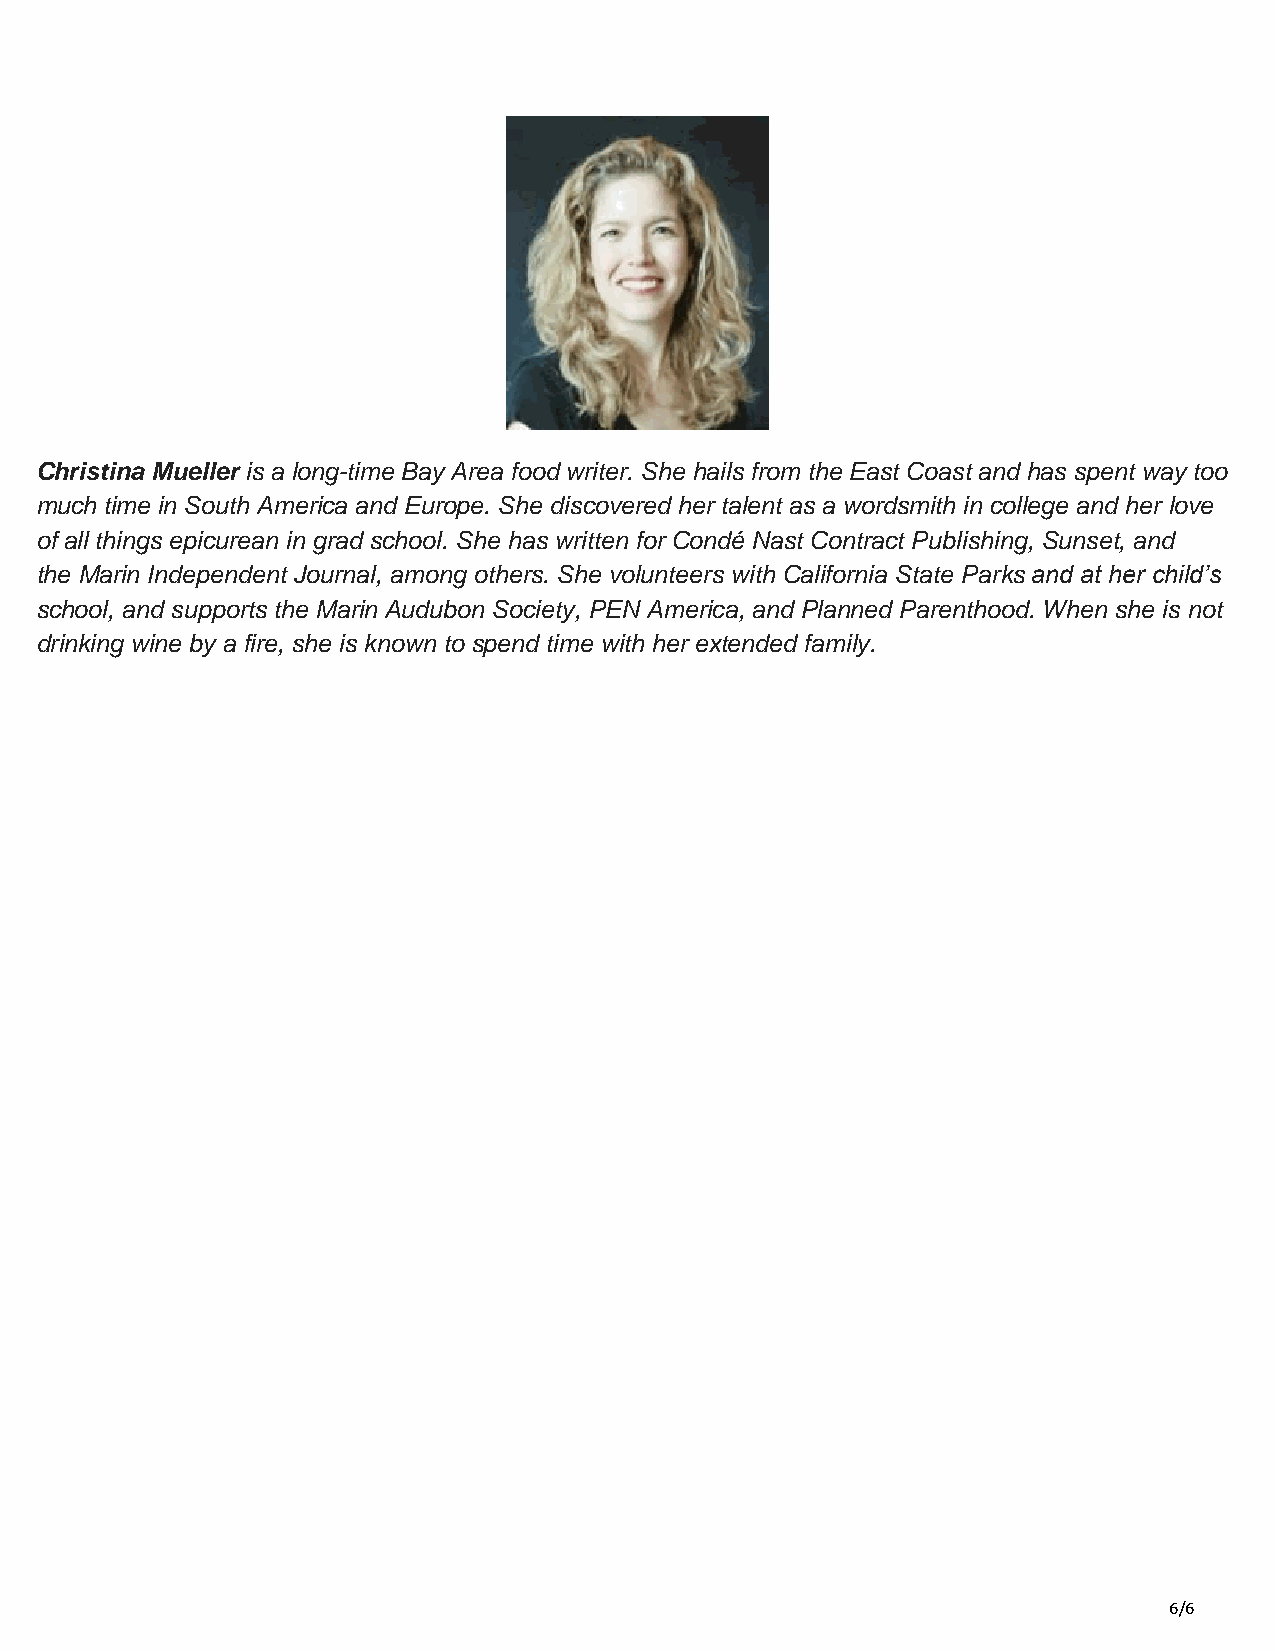
Christina Mueller is a long-time Bay Area food writer. She hails from the East Coast and has spent way too
 much time in South America and Europe. She discovered her talent as a wordsmith in college and her love
 of all things epicurean in grad school. She has written for Condé Nast Contract Publishing, Sunset, and
 the Marin Independent Journal, among others. She volunteers with California State Parks and at her child’s
 school, and supports the Marin Audubon Society, PEN America, and Planned Parenthood. When she is not
 drinking wine by a fire, she is known to spend time with her extended family.
 6/6